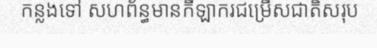
កន្លងទៅ សហព័ន្ធមានកីឡាករជម្រើសជាតិសរុប